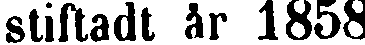
stiftadt år 1858